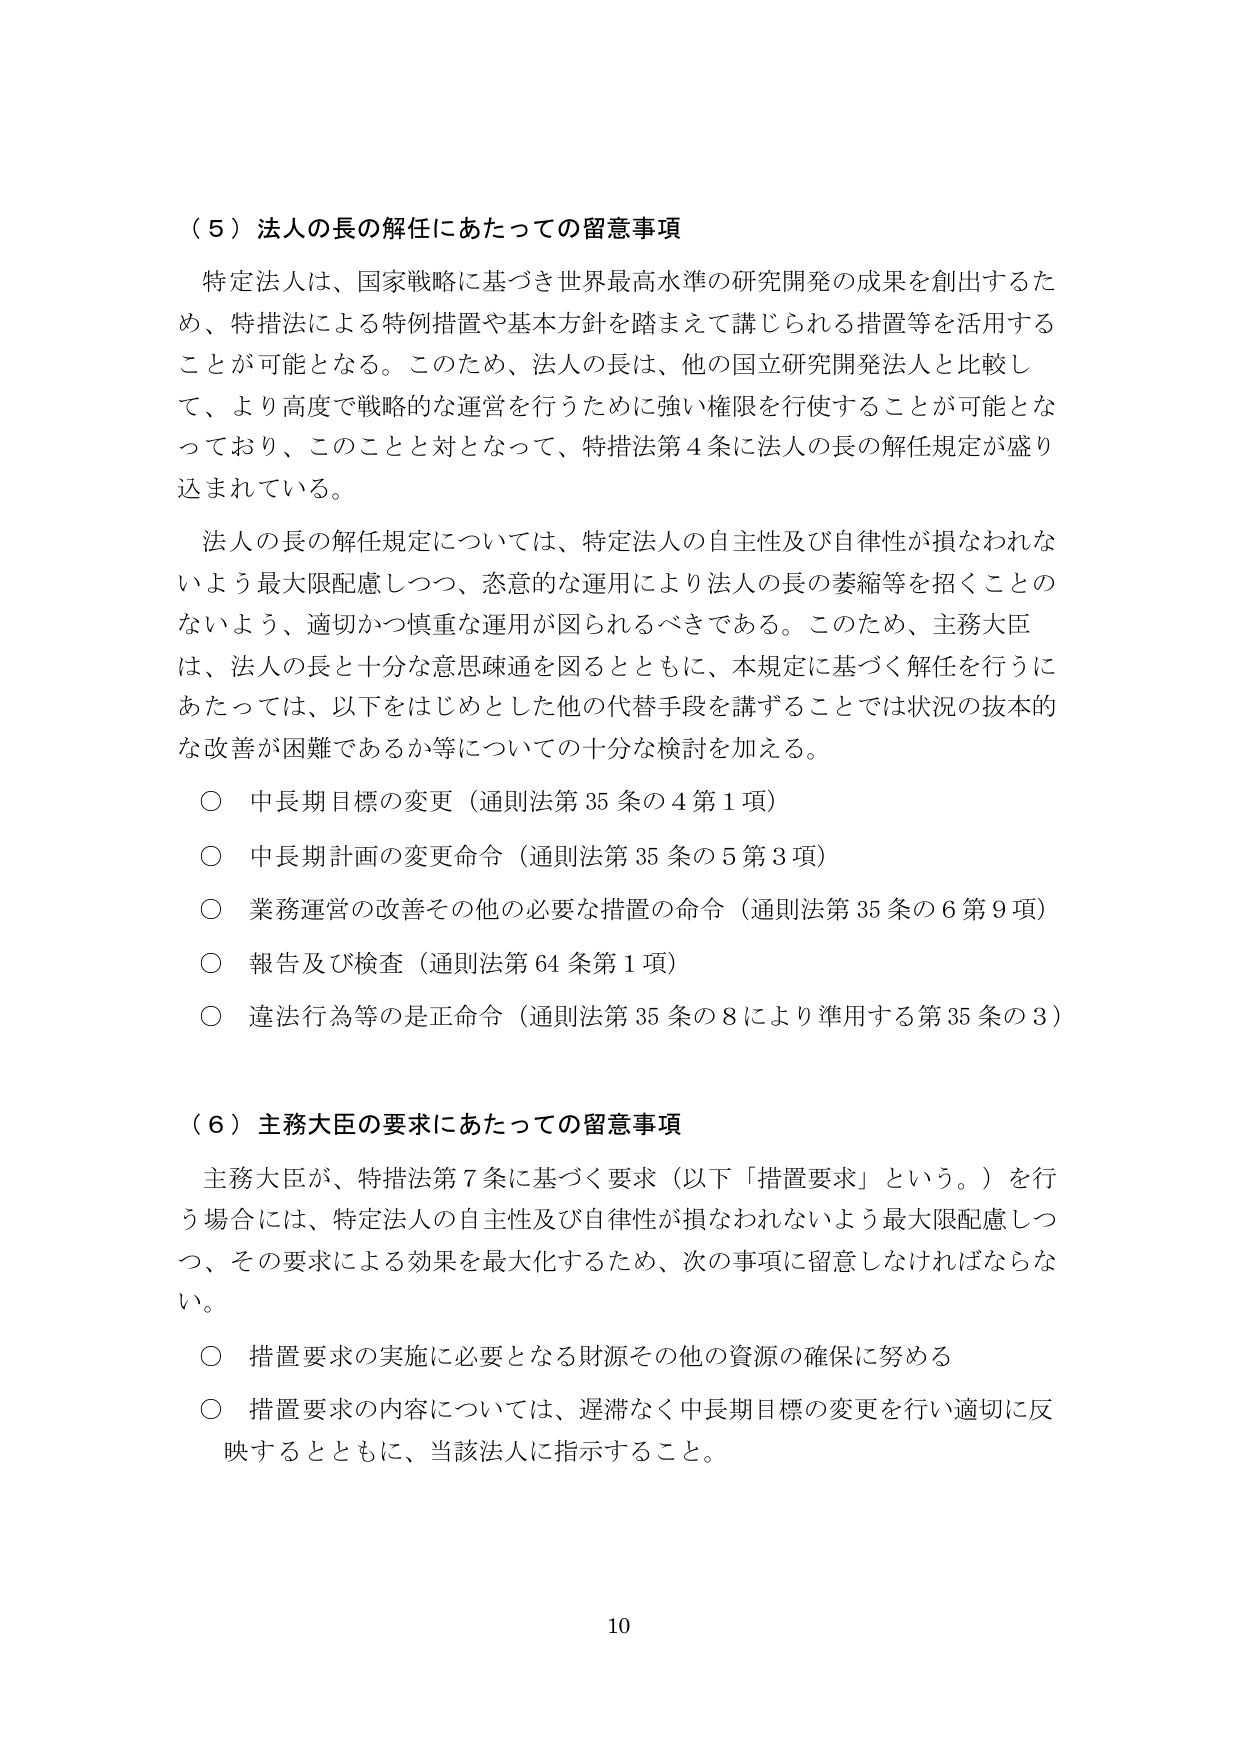
（５）法人の長の解任にあたっての留意事項

特定法人は、国家戦略に基づき世界最高水準の研究開発の成果を創出するため、特措法による特例措置や基本方針を踏まえて講じられる措置等を活用することが可能となる。このため、法人の長は、他の国立研究開発法人と比較して、より高度で戦略的な運営を行うために強い権限を行使することが可能となっており、このことと対となって、特措法第４条に法人の長の解任規定が盛り込まれている。

法人の長の解任規定については、特定法人の自主性及び自律性が損なわれないよう最大限配慮しつつ、恣意的な運用により法人の長の萎縮等を招くことのないよう、適切かつ慎重な運用が図られるべきである。このため、主務大臣は、法人の長と十分な意思疎通を図るとともに、本規定に基づく解任を行うにあたっては、以下をはじめとした他の代替手段を講ずることでは状況の抜本的な改善が困難であるか等についての十分な検討を加える。

○ 中長期目標の変更（通則法第35条の4第1項）
○ 中長期計画の変更命令（通則法第35条の5第3項）
○ 業務運営の改善その他の必要な措置の命令（通則法第35条の6第9項）
○ 報告及び検査（通則法第64条第1項）
○ 違法行為等の是正命令（通則法第35条の8により準用する第35条の3）

（６）主務大臣の要求にあたっての留意事項

主務大臣が、特措法第7条に基づく要求（以下「措置要求」という。）を行う場合には、特定法人の自主性及び自律性が損なわれないよう最大限配慮しつつ、その要求による効果を最大化するため、次の事項に留意しなければならない。

○ 措置要求の実施に必要となる財源その他の資源の確保に努める
○ 措置要求の内容については、遅滞なく中長期目標の変更を行い適切に反映するとともに、当該法人に指示すること。

10